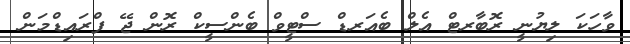
ވާހަކަ ލިޔުނީ ރޮބާރޓް އެލް ބެއަރޑް ސްޓީވް ބެންސީކް ރޮން ޖޭ ފްރައިޑްމަން